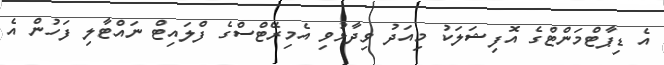
އެ ޑިޕާޓްމަންޓްގެ އޮފިޝަލަކު މިއަދު ވިދާޅުވި އެމިރޭޓްސްގެ ފްލައިޓް ނައްޓާލި ފަހުން އެ